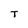
Character: T